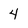
Character: 4